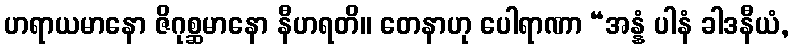
ဟရာယမာနော ဇိဂုစ္ဆမာနော နီဟရတိ။ တေနာဟု ပေါရာဏာ “အန္နံ ပါနံ ခါဒနီယံ,